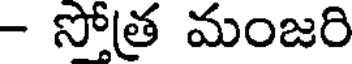
- సోత్ర మంజరి